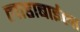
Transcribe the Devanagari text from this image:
लाडाबाईला